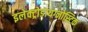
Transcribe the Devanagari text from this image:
इलेक्ट्रोडायग्नोस्टिक